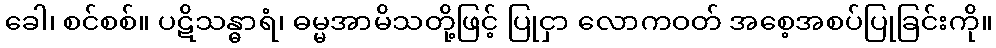
ခေါ၊ စင်စစ်။ ပဋိသန္ဓာရံ၊ ဓမ္မအာမိသတို့ဖြင့် ပြုငှာ လောကဝတ် အစေ့အစပ်ပြုခြင်းကို။